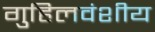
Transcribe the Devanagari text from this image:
गुहिलवंशीय